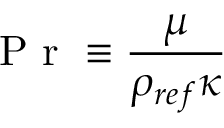
\textrm { P r } \equiv \frac { \mu } { \rho _ { r e f } \kappa }